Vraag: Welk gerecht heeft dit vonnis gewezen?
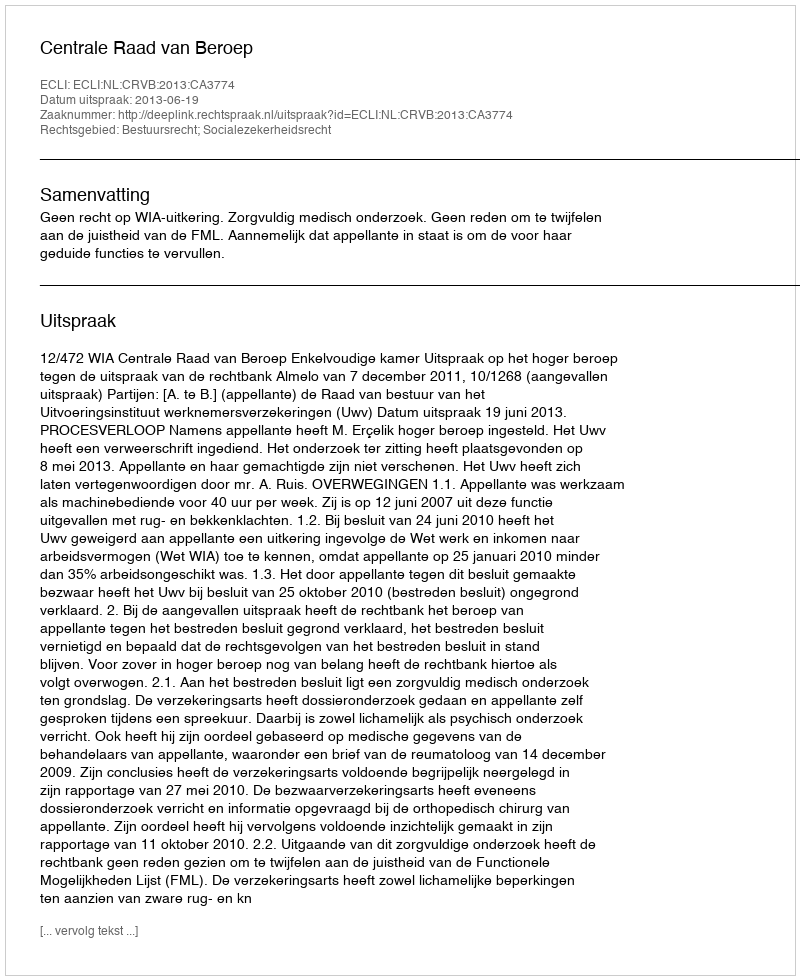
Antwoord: Centrale Raad van Beroep